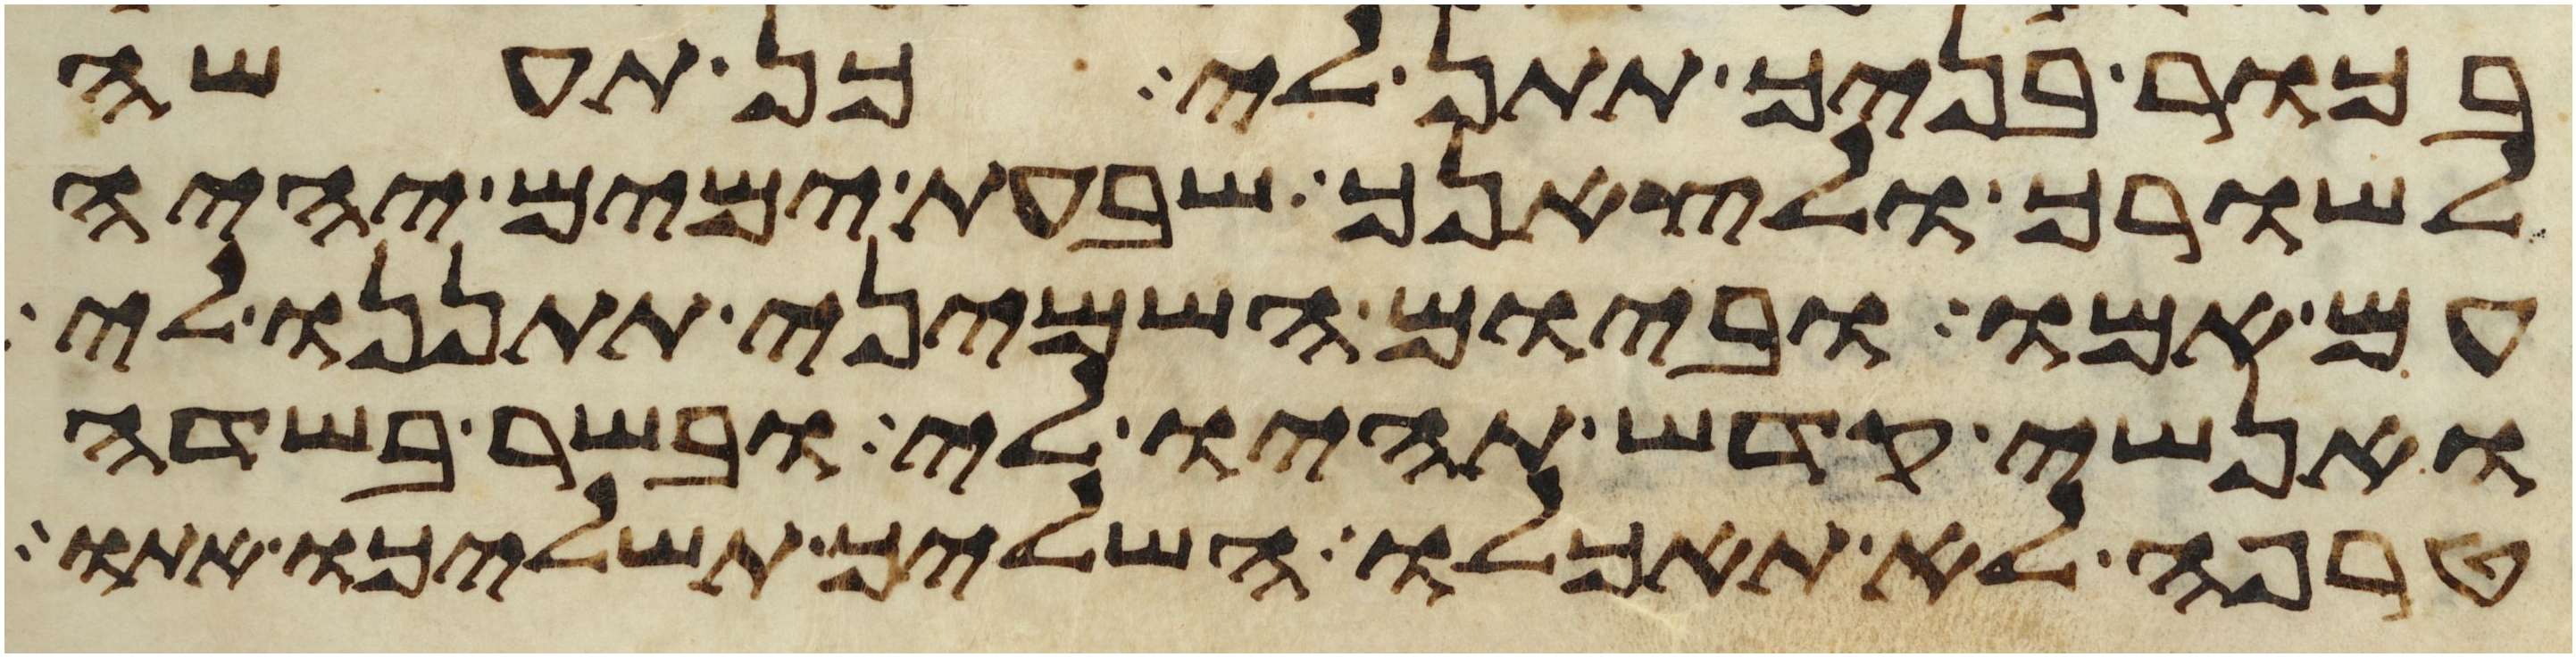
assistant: בכור בניך תתן לי כן תעשה
לשורך ולצאנך שבעת ימים יהיה
עם אמו וביום השמיני תתננו לי
ואנשי קדש תהיו לי ובשר בשדה
טרפה לא תאכלו השליך תשליכו אתו